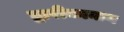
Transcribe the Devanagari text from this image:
द्वारीकानाथ